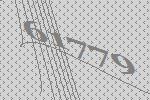
61779